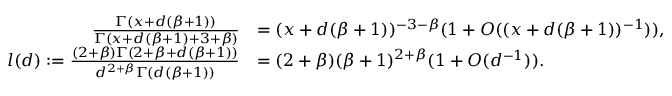
\begin{array} { r l } { \frac { \Gamma ( x + d ( \beta + 1 ) ) } { \Gamma ( x + d ( \beta + 1 ) + 3 + \beta ) } } & { = ( x + d ( \beta + 1 ) ) ^ { - 3 - \beta } ( 1 + O ( ( x + d ( \beta + 1 ) ) ^ { - 1 } ) ) , } \\ { l ( d ) : = \frac { ( 2 + \beta ) \Gamma ( 2 + \beta + d ( \beta + 1 ) ) } { d ^ { 2 + \beta } \Gamma ( d ( \beta + 1 ) ) } } & { = ( 2 + \beta ) ( \beta + 1 ) ^ { 2 + \beta } ( 1 + O ( d ^ { - 1 } ) ) . } \end{array}